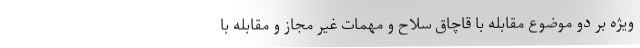
ویژه بر دو موضوع مقابله با قاچاق سلاح و مهمات غیر مجاز و مقابله با